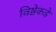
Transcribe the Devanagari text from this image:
विष्ठेकडे